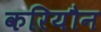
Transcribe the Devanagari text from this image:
करियौन